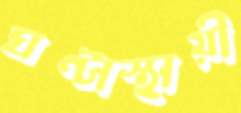
ঘণ্টাস্থায়ী